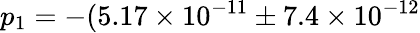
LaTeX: p_{1}=-(5.17\times 10^{-11}\pm 7.4\times 10^{-12}